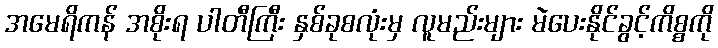
အမေရိကန် အစိုးရ ပါတီကြီး နှစ်ခုစလုံးမှ လူမည်းများ မဲပေးနိုင်ခွင့်ကိစ္စကို